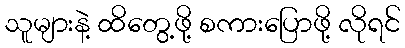
သူများနဲ့ ထိတွေ့ဖို့ စကားပြောဖို့ လိုရင်